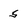
Character: 5